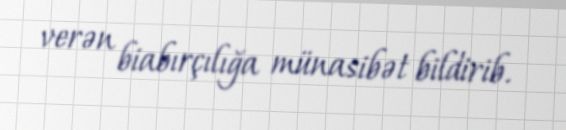
verən biabırçılığa münasibət bildirib.